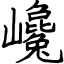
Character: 巉